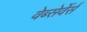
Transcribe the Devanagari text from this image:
वेब्सेर्वेर्स